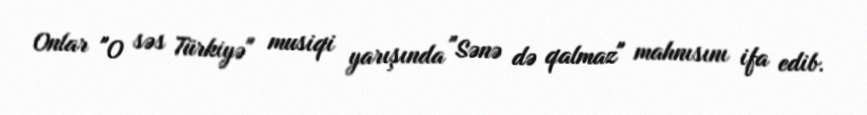
Onlar "O səs Türkiyə" musiqi yarışında "Sənə də qalmaz" mahnısını ifa edib.